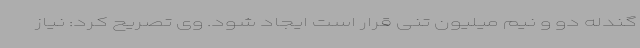
گندله دو و نیم میلیون تنی قرار است ایجاد شود. وی تصریح کرد: نیاز